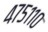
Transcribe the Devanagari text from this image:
४७५११०